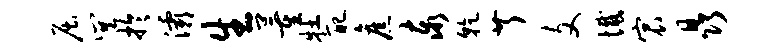
屈巽於灞生董牡配旧泰干芹文憾宸晶